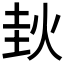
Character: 𰞊